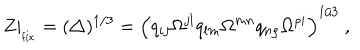
Z | _ { \phantom { } _ { \mathrm { f i x } } } = ( \triangle ) ^ { 1 / 3 } = \Bigl ( q _ { i j } \Omega ^ { j l } q _ { l m } \Omega ^ { m n } q _ { n \rho } \Omega ^ { \rho i } \Bigr ) ^ { 1 / 3 } \ ,